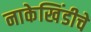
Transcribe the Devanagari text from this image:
नाकेखिंडीचे